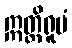
ဣတ္ထိရူပံ